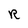
Character: R